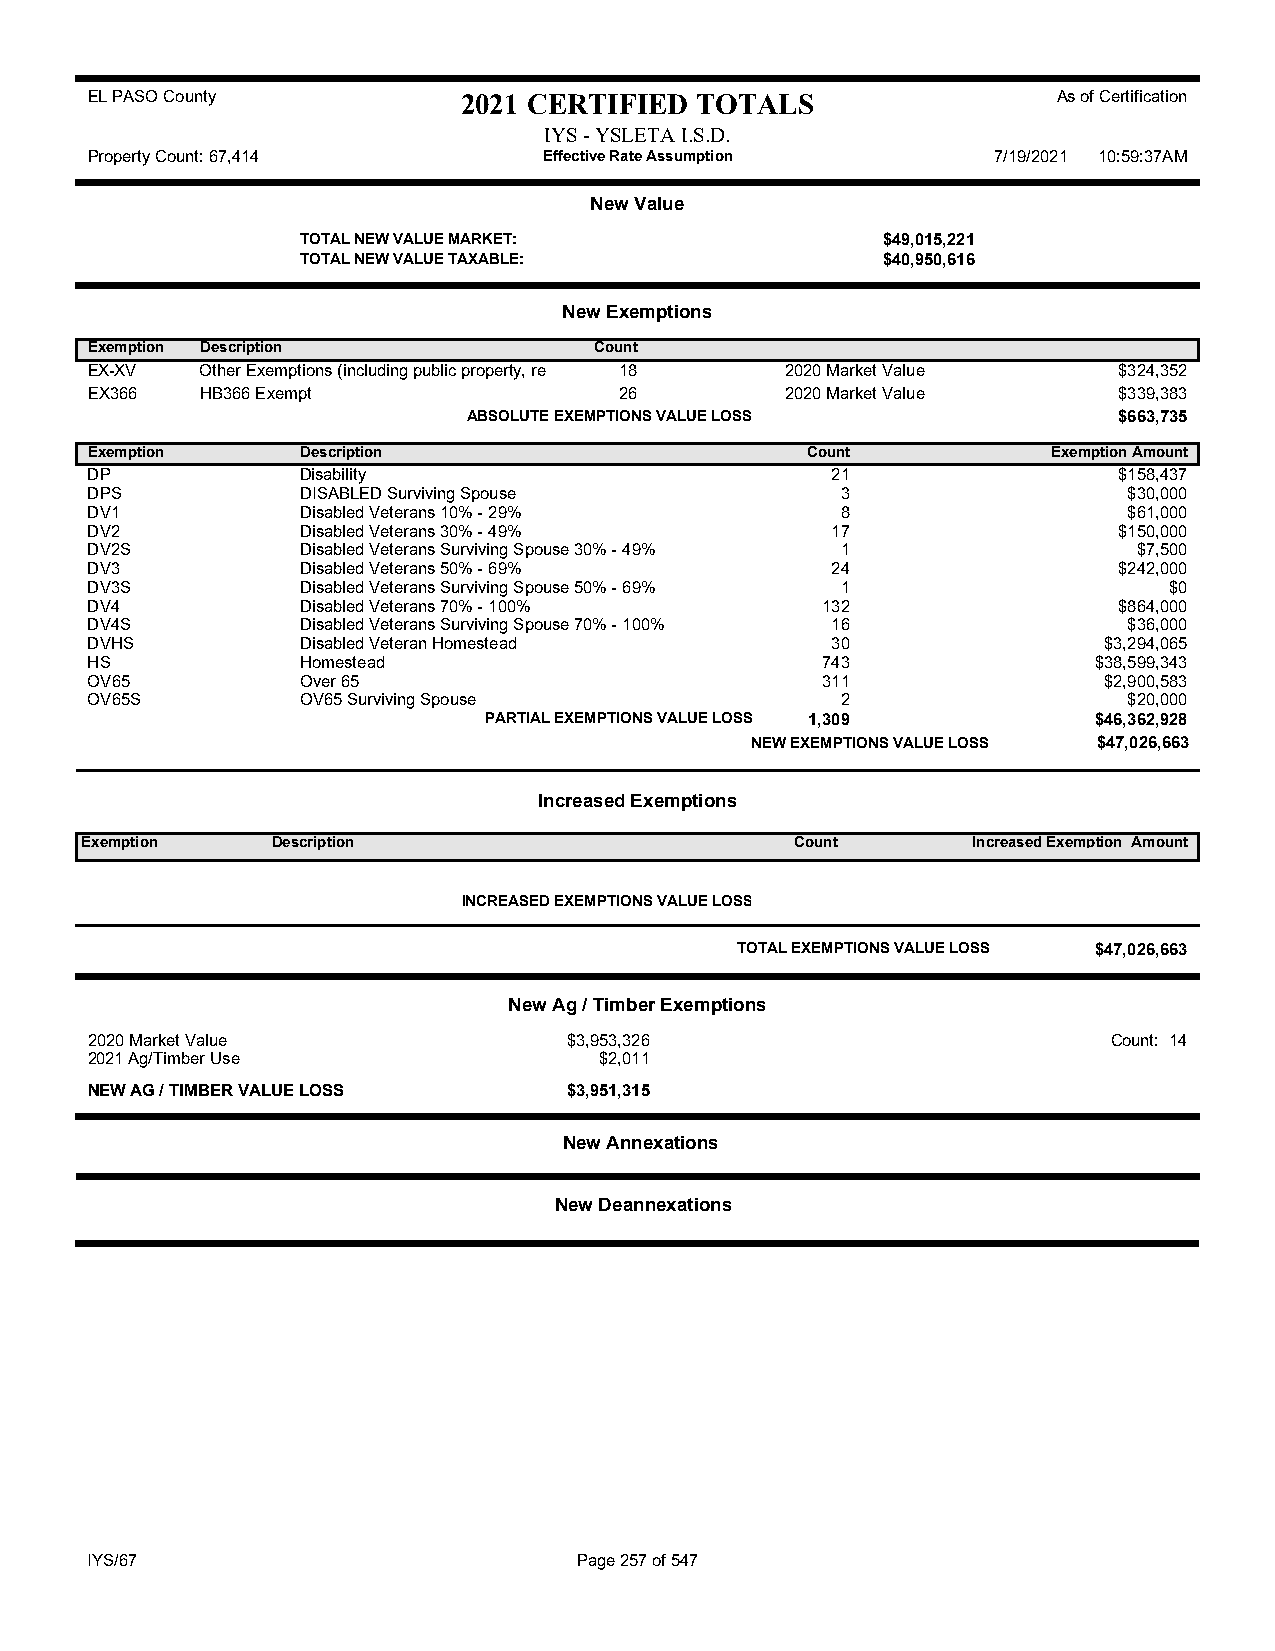
EL PASO County           2021 CERTIFIED TOTALS                  As of Certification
 IYS - YSLETA I.S.D.
 Property Count: 67,414        Effective Rate Assumption     7/19/2021 10:59:37AM
 New Value
 TOTAL NEW VALUE MARKET:               $49,015,221
 TOTAL NEW VALUE TAXABLE:              $40,950,616
 New Exemptions
 Exemption Description            Count
 EX-XV  Other Exemptions (including public property, re 18 2020 Market Value $324,352
 EX366  HB366 Exempt                26         2020 Market Value     $339,383
 ABSOLUTE EXEMPTIONS VALUE LOSS             $663,735
 Exemption     Description                      Count            Exemption Amount
 DP            Disability                         21                 $158,437
 DPS           DISABLED Surviving Spouse           3                  $30,000
 DV1           Disabled Veterans 10% - 29%         8                  $61,000
 DV2           Disabled Veterans 30% - 49%        17                 $150,000
 DV2S          Disabled Veterans Surviving Spouse 30% - 49% 1         $7,500
 DV3           Disabled Veterans 50% - 69%        24                 $242,000
 DV3S          Disabled Veterans Surviving Spouse 50% - 69% 1           $0
 DV4           Disabled Veterans 70% - 100%      132                 $864,000
 DV4S          Disabled Veterans Surviving Spouse 70% - 100% 16       $36,000
 DVHS          Disabled Veteran Homestead         30                $3,294,065
 HS            Homestead                         743               $38,599,343
 OV65          Over 65                           311                $2,900,583
 OV65S         OV65 Surviving Spouse               2                  $20,000
 PARTIAL EXEMPTIONS VALUE LOSS 1,309     $46,362,928
 NEW EXEMPTIONS VALUE LOSS $47,026,663
 Increased Exemptions
 Exemption    Description                        Count      Increased Exemption Amount
 INCREASED EXEMPTIONS VALUE LOSS
 TOTAL EXEMPTIONS VALUE LOSS $47,026,663
 New Ag / Timber Exemptions
 2020 Market Value               $3,953,326                          Count: 14
 2021 Ag/Timber Use                $2,011
 NEW AG / TIMBER VALUE LOSS      $3,951,315
 New Annexations
 New Deannexations
 IYS/67                          Page 257 of 547